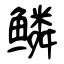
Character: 鳞